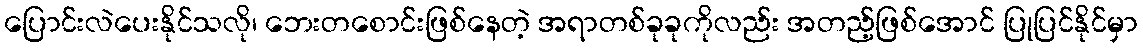
ပြောင်းလဲပေးနိုင်သလို၊ ဘေးတစောင်းဖြစ်နေတဲ့ အရာတစ်ခုခုကိုလည်း အတည့်ဖြစ်အောင် ပြုပြင်နိုင်မှာ